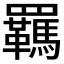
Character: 羈